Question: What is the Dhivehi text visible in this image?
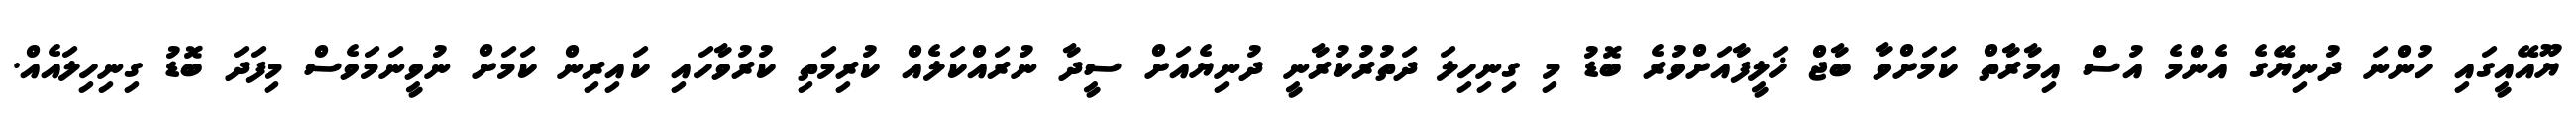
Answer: ޔޫއޭއީގައި ހުންނަ ދުނިޔޭގެ އެންމެ އުސް އިމާރާތް ކަމަށްވާ ބާޖް ޚަލީފާއަށްވުރެ ބޮޑު މި ގިނިހިލަ ދަތުރުކުރާނީ ދުނިޔެއަށް ސީދާ ނުރައްކަލެއް ކުރިމަތި ކުރުވާހައި ކައިރިން ކަމަށް ނުވީނަމަވެސް މިފަދަ ބޮޑު ގިނިހިލައެއް.